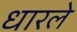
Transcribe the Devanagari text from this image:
धारले